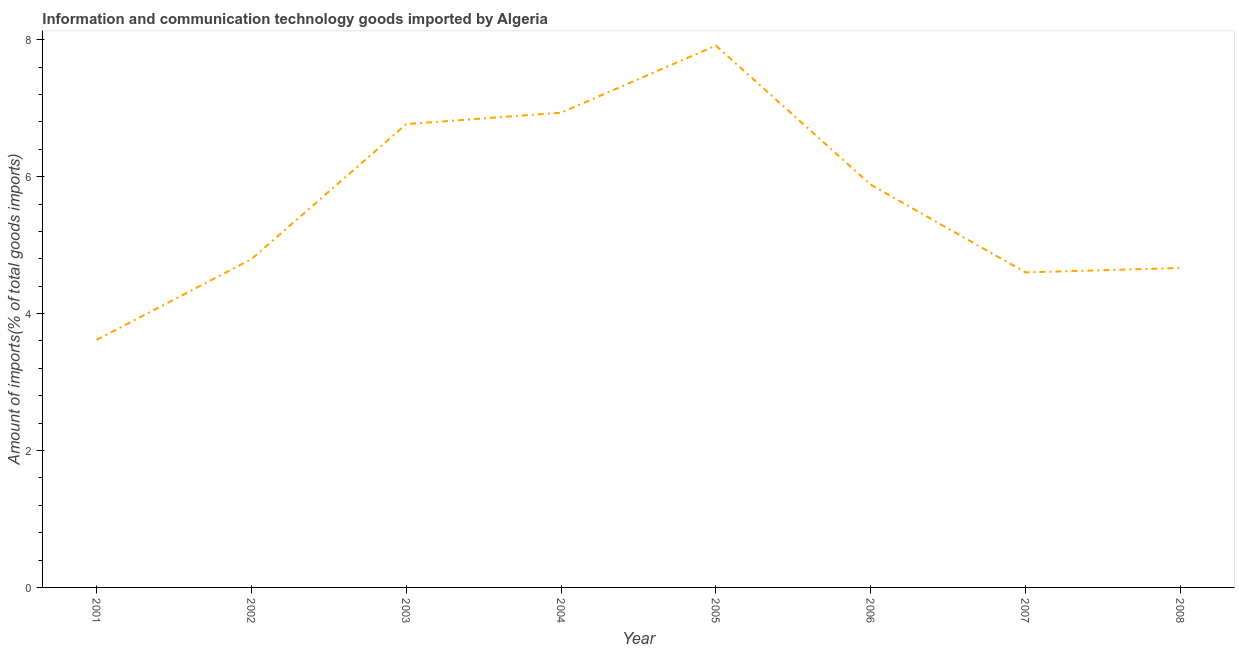
| Year | ICT goods imports |
 | --- | --- |
 | 2001 | 3.62 |
 | 2002 | 4.79 |
 | 2003 | 6.77 |
 | 2004 | 6.93 |
 | 2005 | 7.92 |
 | 2006 | 5.88 |
 | 2007 | 4.6 |
 | 2008 | 4.67 |